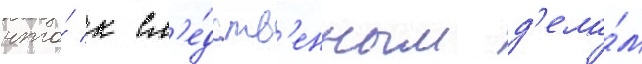
что́ к сл'е́дств'енным д'ела́м